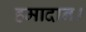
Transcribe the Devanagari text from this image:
हमादान।